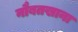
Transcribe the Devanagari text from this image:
नौबतखाना